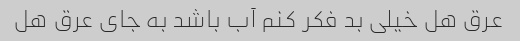
عرق هل خیلی بد فکر کنم آب باشد به جای عرق هل